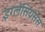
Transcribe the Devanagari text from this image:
इग्लेसियसस